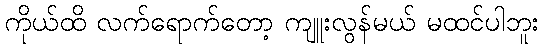
ကိုယ်ထိ လက်ရောက်တော့ ကျူးလွန်မယ် မထင်ပါဘူး